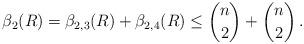
LaTeX: \begin{align*}\beta_{2}(R) = \beta_{2,3}(R) + \beta_{2,4}(R) \le \binom n2 + \binom n2\,.\end{align*}